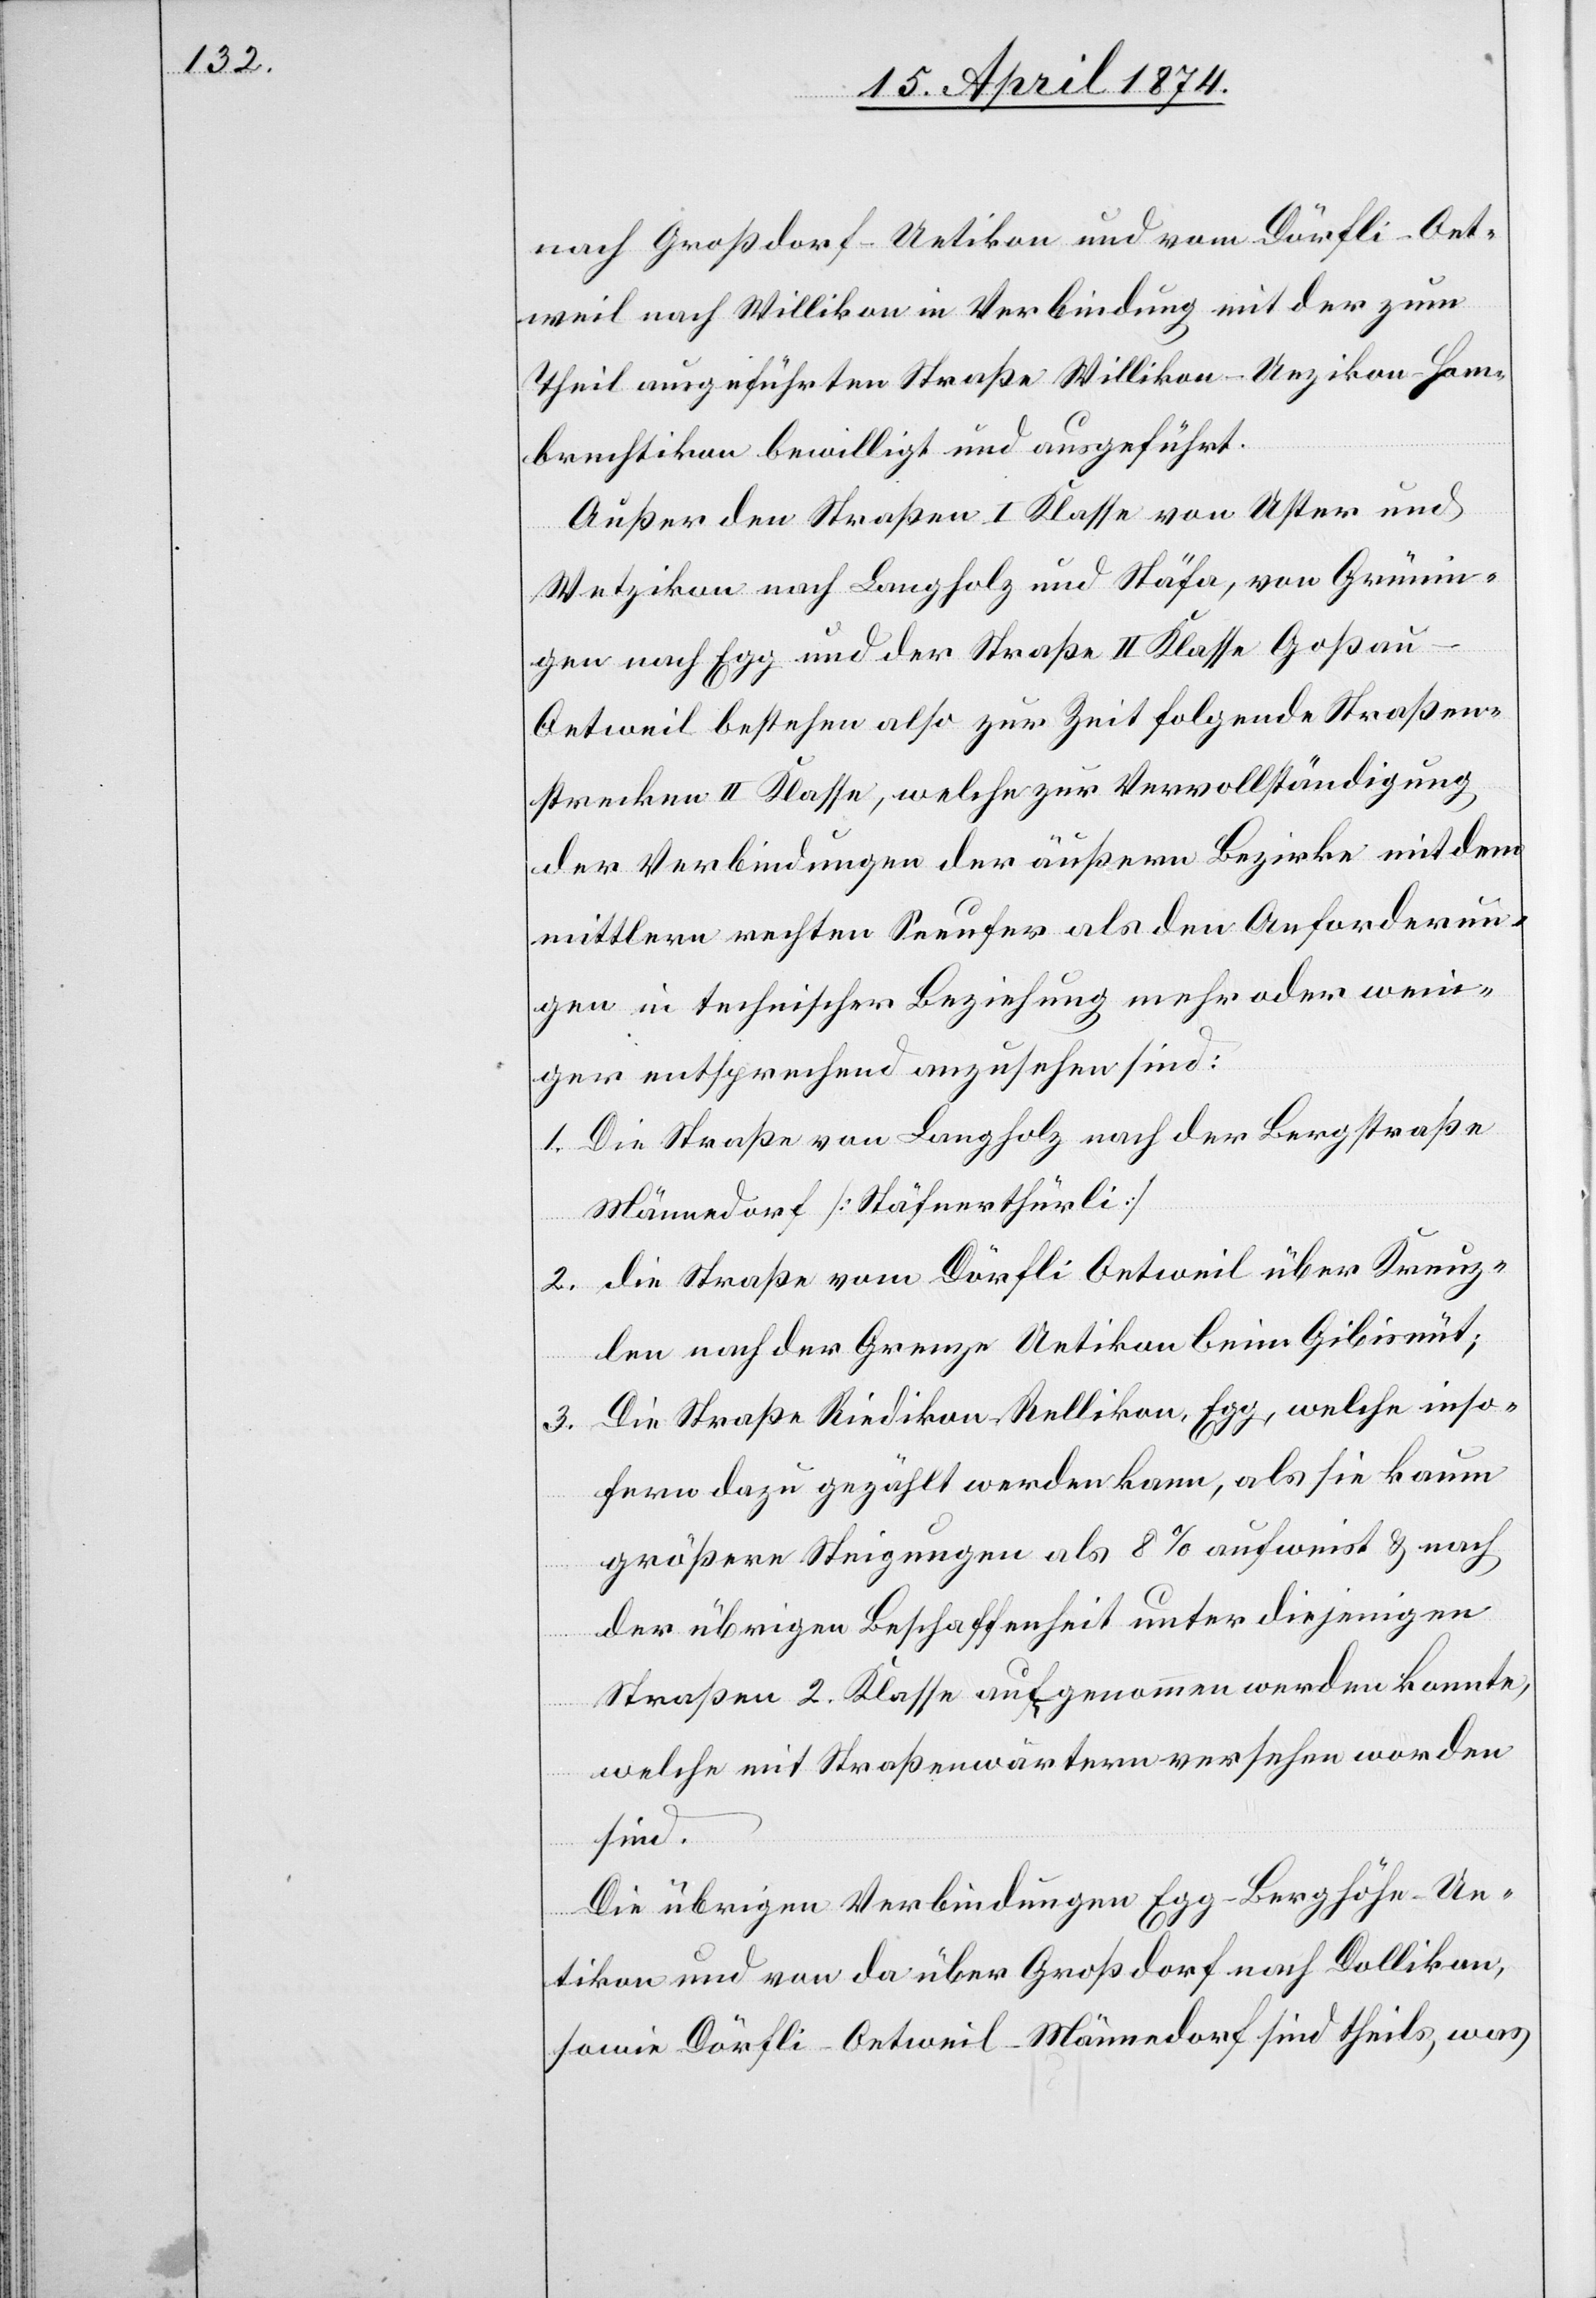
nach Großdorf-Uetikon und von Dörfli-Oet¬
weil nach Willikon in Verbindung mit der zum
Theil ausgeführten Straße Willikon-Uezikon-Hom¬
brechtikon bewilligt und ausgeführt.
Außer den Straßen I. Klasse von Uster und
Wetzikon nach Langholz und Stäfa, von Grünin¬
gen nach Egg und der Straße II. Klasse Goßau-O¬
etweil bestehen also zur Zeit folgende Straßen¬
strecken II. Klasse, welche zur Vervollständigung
der Verbindungen der äußern Bezirke mit dem
mittlern rechten Seeufer als den Anforderun¬
gen in technischer Beziehung mehr oder weni¬
ger entsprechend anzusehen sind:
1. Die Straße von Langholz nach der Bergstraße
Männedorf [Stäfnerthürli]
2. die Straße vom Dörfli Oetweil über Kreuz¬
len nach der Grenze Uetikon beim Gibisnüt;
3. Die Straße Riedikon-Rellikon, Egg, welche inso¬
fern dazu gezählt werden kann, als sie kaum
größere Steigungen als 8% aufweist u. nach
der übrigen Beschaffenheit unter diejenigen
Straßen 2. Klasse aufgenommen werden konnte,
welche mit Straßenwärtern versehen worden
sind.
Die übrigen Verbindungen Egg-Berghöhe-Ue¬
tikon und von da über Großdorf nach Dollikon,
sowie Dörfli-Oetweil-Männedorf sind theils, was